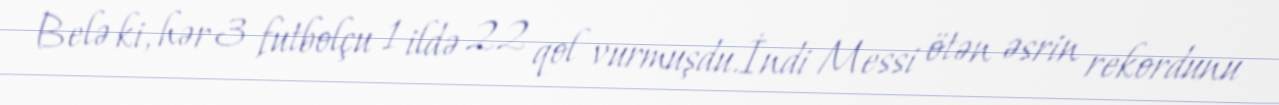
Belə ki, hər 3 futbolçu 1 ildə 22 qol vurmuşdu.İndi Messi ötən əsrin rekordunu